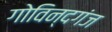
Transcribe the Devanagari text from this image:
गोविन्‍दगंज